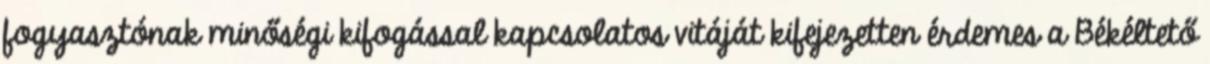
fogyasztónak minőségi kifogással kapcsolatos vitáját kifejezetten érdemes a Békéltető